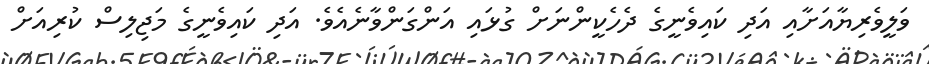
ވަލީވެރިޔާއަށާއި އަދި ކައިވެނީގެ ދެހެކީންނަށް ގުޅައި އަންގަންވާނެއެވެ. އަދި ކައިވެނީގެ މަޖިލިސް ކުރިއަށް